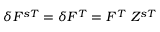
\delta F ^ { s T } = \delta F ^ { T } = F ^ { T } ~ Z ^ { s T }